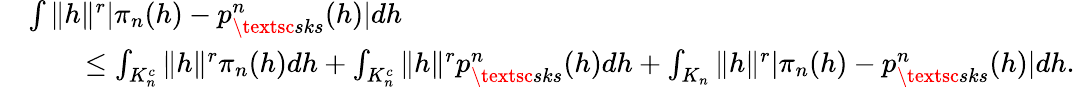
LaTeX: \begin{array}{rl}&{\int\| h\| ^{r}|\pi_{n}(h)-p_{\textsc{sks}}^{n}(h)|dh}\\ &{\qquad\leq\int_{K_{n}^{c}}\| h\| ^{r}\pi_{n}(h)dh+\int_{K_{n}^{c}}\| h\| ^{r}p_{\textsc{sks}}^{n}(h)dh+\int_{K_{n}}\| h\| ^{r}|\pi_{n}(h)-p_{\textsc{sks}}^{n}(h)|dh.}\end{array}